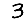
Digit: 3